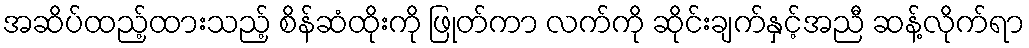
အဆိပ်ထည့်ထားသည့် စိန်ဆံထိုးကို ဖြုတ်ကာ လက်ကို ဆိုင်းချက်နှင့်အညီ ဆန့်လိုက်ရာ